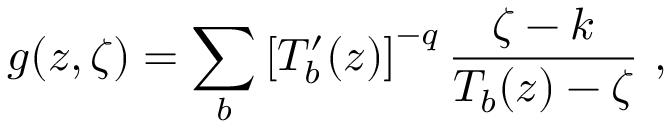
g ( z , \zeta ) = \sum _ { b } \left[ T _ { b } ^ { \prime } ( z ) \right] ^ { - q } \frac { \zeta - k } { T _ { b } ( z ) - \zeta } \ ,